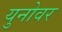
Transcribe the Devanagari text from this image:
युनोवर